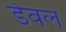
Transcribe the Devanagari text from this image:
डेवल